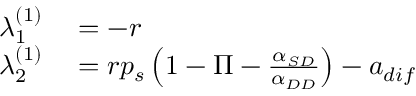
\begin{array} { r l } { \lambda _ { 1 } ^ { ( 1 ) } } & { { } = - r } \\ { \lambda _ { 2 } ^ { ( 1 ) } } & { { } = r p _ { s } \left( 1 - \Pi - \frac { \alpha _ { S D } } { \alpha _ { D D } } \right) - a _ { d i f } } \end{array}